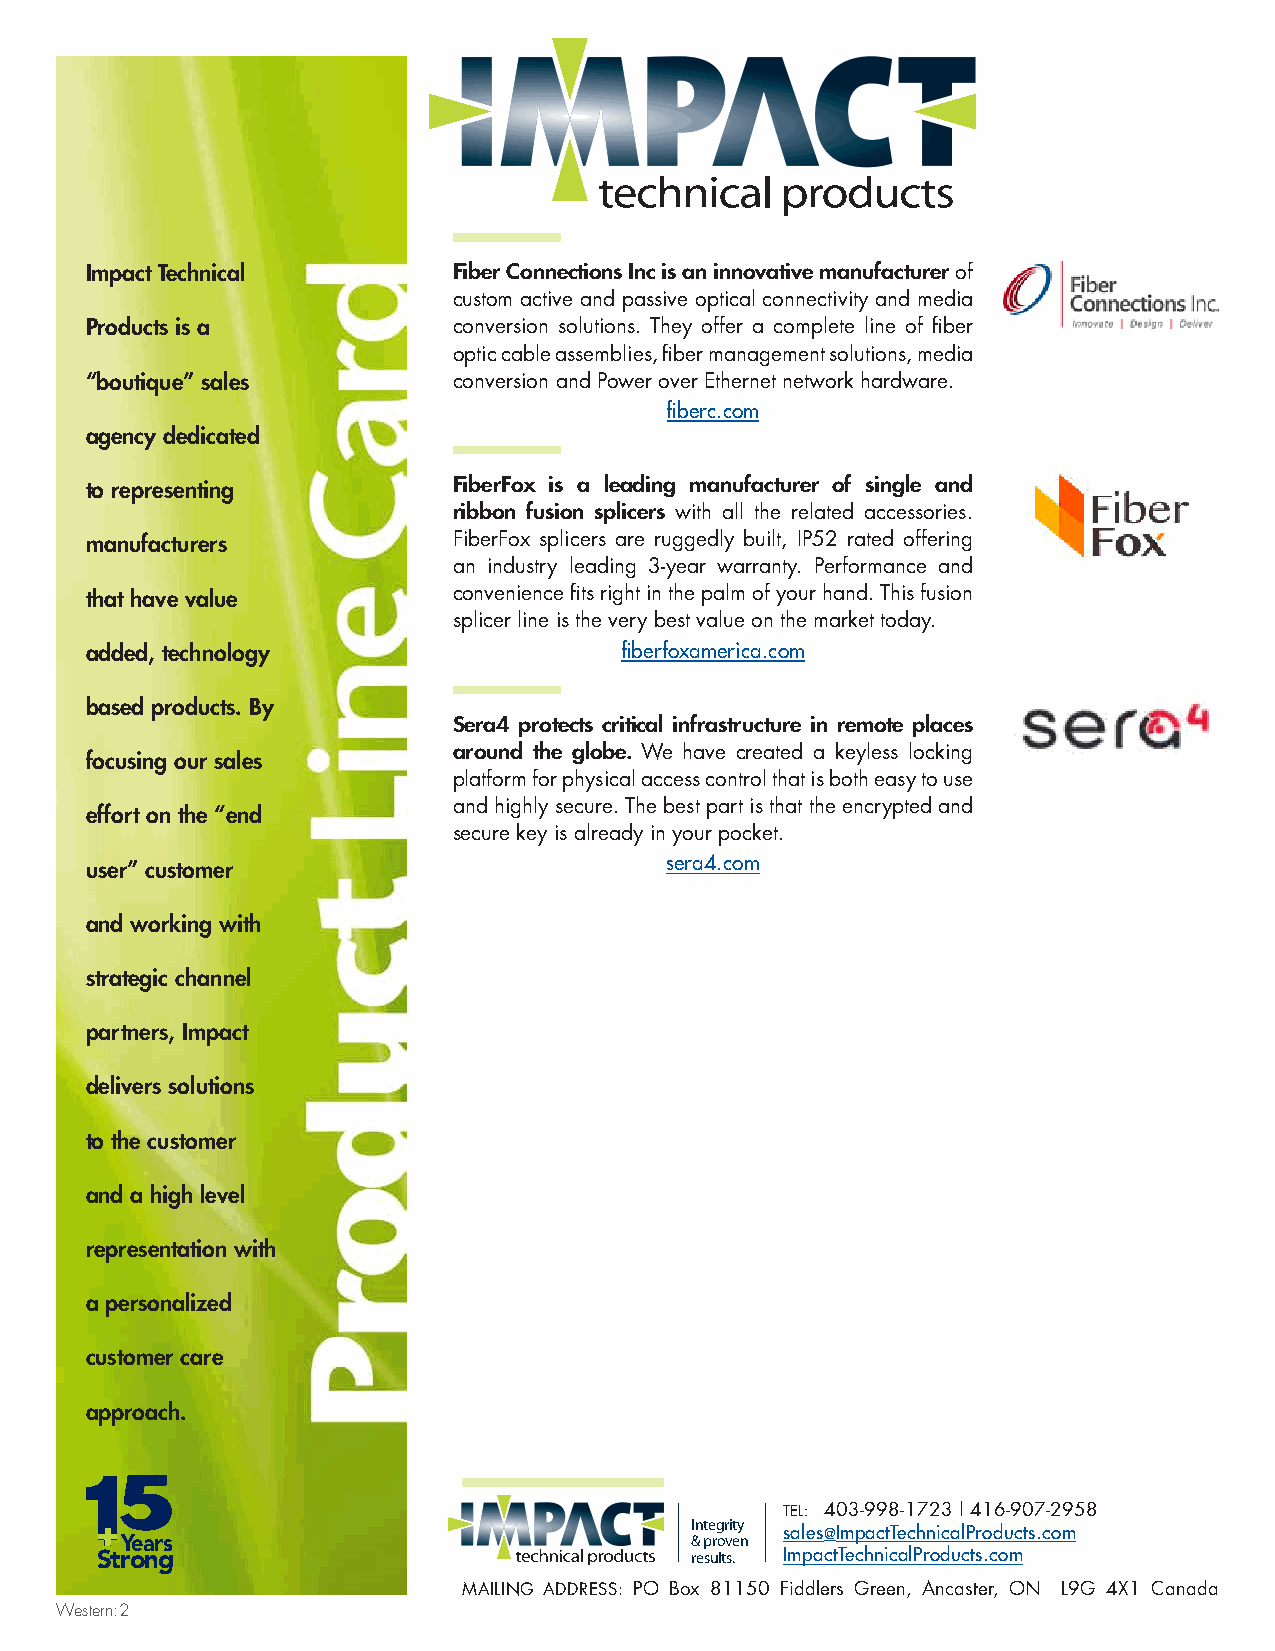
Impact Technical        Fiber Connections Inc is an innovative manufacturer of
 custom active and passive optical connectivity and media
 Products is a           conversion solutions. They offer a complete line of fiber
 optic cable assemblies, fiber management solutions, media
 “boutique” sales        conversion and Power over Ethernet network hardware.
 fiberc.com
 agency dedicated
 to representing         FiberFox is a leading manufacturer of single and
 ribbon fusion splicers with all the related accessories.
 manufacturers           FiberFox splicers are ruggedly built, IP52 rated offering
 an industry leading 3-year warranty. Performance and
 that have value         convenience fits right in the palm of your hand. This fusion
 splicer line is the very best value on the market today.
 added, technology                  fiberfoxamerica.com
 based products. By
 Sera4 protects critical infrastructure in remote places
 around the globe. We have created a keyless locking
 focusing our sales
 platform for physical access control that is both easy to use
 and highly secure. The best part is that the encrypted and
 effort on the “end
 secure key is already in your pocket.
 user” customer                        sera4.com
 and working with
 strategic channel
 partners, Impact
 delivers solutions
 to the customer
 and a high level
 representation with
 a personalized
 customer care
 approach.
 5
 TEL: 403-998-1723 | 416-907-2958
 Integrity Integrity
 Y ears                                & proven &s pa rl oe vs e@ nImpactTechnicalProducts.com
 Strong                                  results. reImsupltsa.ctTechnicalProducts.com
 MAILING ADDRESS: PO Box 81150 Fiddlers Green, Ancaster, ON L9G 4X1 Canada
 Western:2